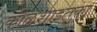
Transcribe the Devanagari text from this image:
कोळशाइतका